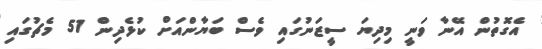
އެގޮތުން އޭނާ ވަނީ މިދިޔަ ސީޒަނުގައި ވެސް ބަޔާންއަށް ކުޅެދިން 51 މެޗުގައި